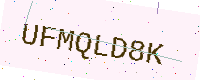
Text: UFMQLD8K